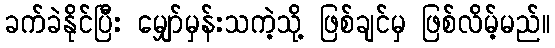
ခက်ခဲနိုင်ပြီး မျှော်မှန်းသကဲ့သို့ ဖြစ်ချင်မှ ဖြစ်လိမ့်မည်။